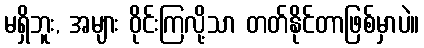
မရှိဘူး, အများ ဝိုင်းကြလို့သာ တတ်နိုင်တာဖြစ်မှာပဲ။